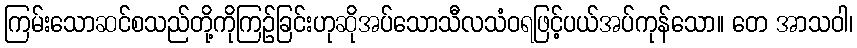
ကြမ်းသောဆင်စသည်တို့ကိုကြဉ်ခြင်းဟုဆိုအပ်သောသီလသံဝရဖြင့်ပယ်အပ်ကုန်သော။ တေ အာသဝါ၊